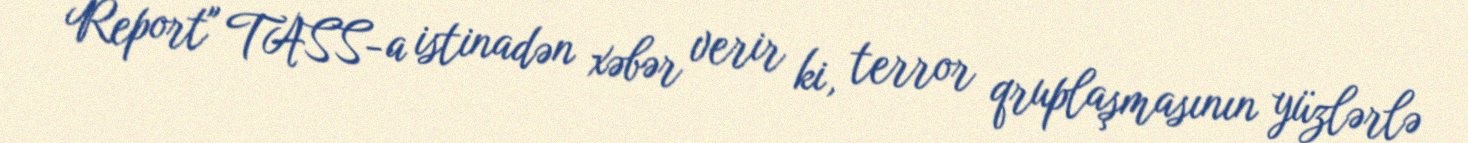
Report" TASS-a istinadən xəbər verir ki, terror qruplaşmasının yüzlərlə